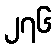
၂၇၆